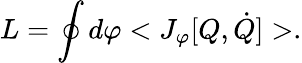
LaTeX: L=\oint d\varphi<J_{\varphi}[Q,\dot{Q}]>.